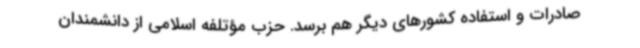
صادرات و استفاده کشورهای دیگر هم برسد. حزب مؤتلفه اسلامی از دانشمندان